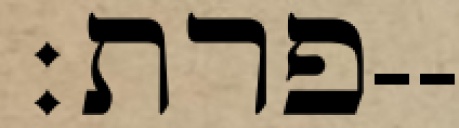
פרת׃--